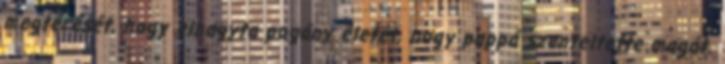
megtérését, hogy elhagyta pogány életét, hogy pappá szenteltette magát.